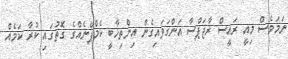
ނަމަވެސް މިއީ ރައީސް ރާޖަޕްސާ އަންގަވައިގެން އިންތިޚާބީ ކެމްޕޭނެއްގެ ގޮތުގައި ކުރާ ކަމެއް